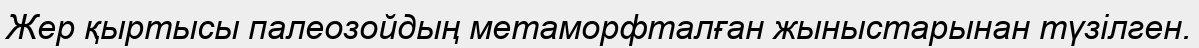
Жер қыртысы палеозойдың метаморфталған жыныстарынан түзілген.